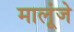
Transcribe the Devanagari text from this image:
मालूंजे